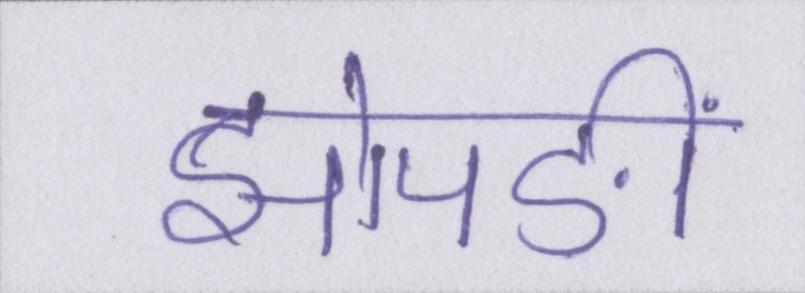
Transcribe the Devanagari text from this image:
झोपङीं